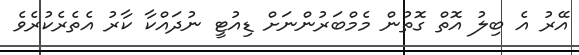
އޭރު އެ ބިލު އޮތް ގޮތުން މެމްބަރުންނަށް ޑިއުޓީ ނުދައްކާ ކާރު އެތެރެކުރެވެ